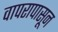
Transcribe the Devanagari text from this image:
वापरापासून